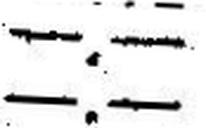
—.—